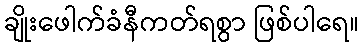
ချိုးဖေါက်ခံနီကတ်ရစွာ ဖြစ်ပါရေ။